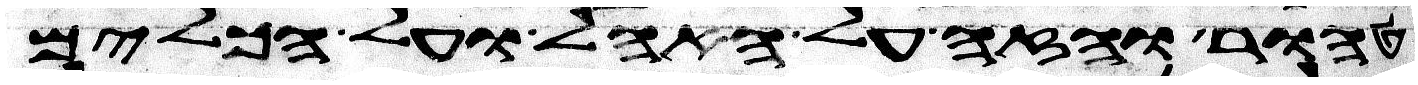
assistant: טהור והזה על האהל ועל הכלים